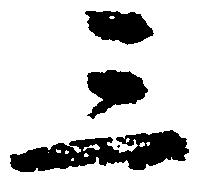
三